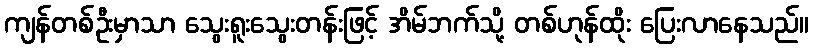
ကျန်တစ်ဦးမှာသာ သွေးရူးသွေးတန်းဖြင့် အိမ်ဘက်သို့ တစ်ဟုန်ထိုး ပြေးလာနေသည်။